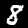
Label: 8